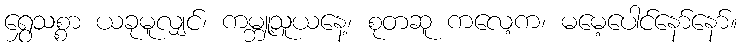
ရွှေသစ္စာ ယခုမူလျှင်၊ ကမ္ဘူ့သူယနေ့၊ စုတဆူ ကလေ့က၊ မမေ့ပေါင်နော်နော်။